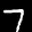
Label: 7